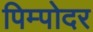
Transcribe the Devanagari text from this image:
पिम्पोदर